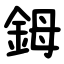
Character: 鉧